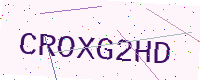
Text: CROXG2HD